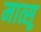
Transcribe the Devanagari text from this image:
मात्सू